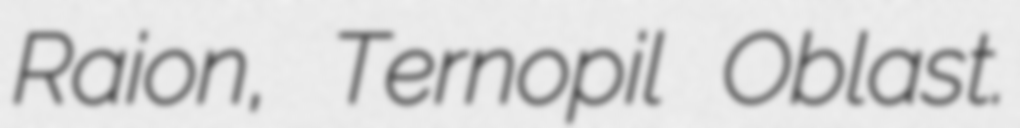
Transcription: Raion, Ternopil Oblast.